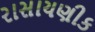
રાસાયણીક